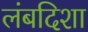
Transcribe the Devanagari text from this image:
लंबदिशा